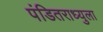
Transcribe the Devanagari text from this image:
पंडितराध्युला